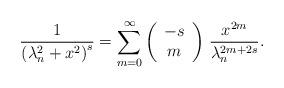
LaTeX: \begin{align*}\frac{1}{\left(\lambda_{n}^{2}+x^{2}\right)^{s}}=\sum_{m=0}^{\infty}\left(\begin{array}{c}-s\\m\end{array}\right)\,\frac{x^{2m}}{\lambda_{n}^{2m+2s}}.\end{align*}